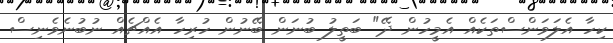
ކިހާ އެލަވަންސްތަކެއް އެމީހުން ދޭ" ބަތީލު ބުނަން ބޭނުން ހުރިހާ އެއްޗެއް ނުބުނެވެނިސް